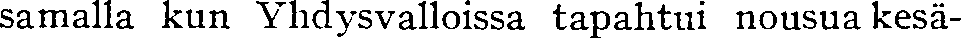
samalla kun Vhdysvalloissa tapahtui nousua kesä-